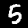
Digit: 5